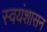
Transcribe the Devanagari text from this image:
स्वयंशासन